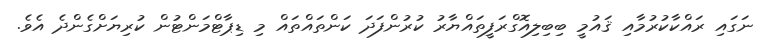
ނަގައި ރައްކާކުރުމާއި ޤައުމީ ބިބިލިއޮގްރަފީތައްޔާރު ކުރުންފަދަ ކަންތައްތައް މި ޑިޕާޓްމަންޓުން ކުރިޔަށްގެންދެ އެވެ.